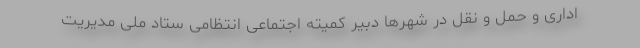
اداری و حمل و نقل در شهرها دبیر کمیته اجتماعی انتظامی ستاد ملی مدیریت